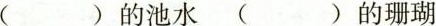
( )的池水 ( )的珊瑚